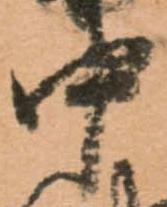
中